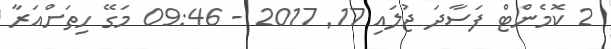
2 ކޮމެންޓް ފަސާދަ ޖުލައި 17